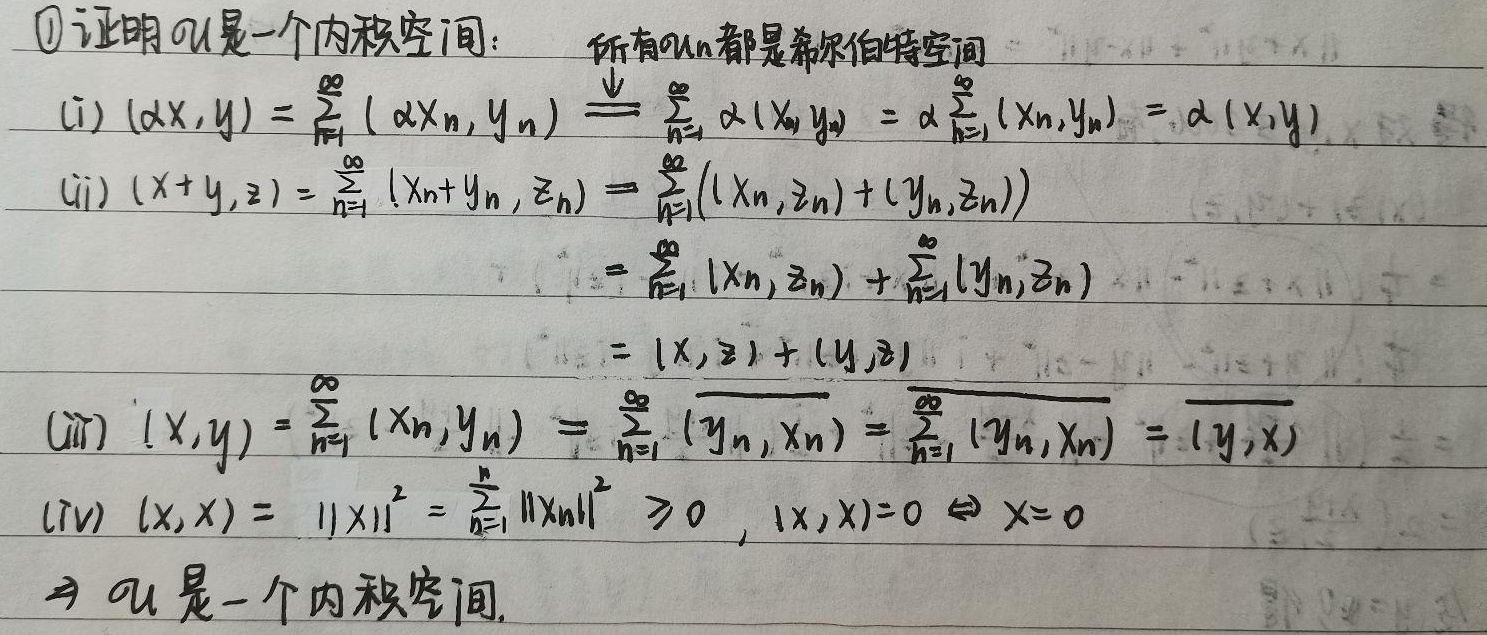
\textcircled{1}证明$\mathcal{U}$是一个内积空间： 所有$\mathcal{U}_n$都是希尔伯特空间
\begin{align*}
(i)\ (\alpha x,y)&=\sum_{n = 1}^{\infty}(\alpha x_n,y_n)\stackrel{\text{内积性质}}{=}\sum_{n = 1}^{\infty}\alpha(x_n,y_n)=\alpha\sum_{n = 1}^{\infty}(x_n,y_n)=\alpha(x,y)\\
(ii)\ (x + y,z)&=\sum_{n = 1}^{\infty}(x_n + y_n,z_n)=\sum_{n = 1}^{\infty}((x_n,z_n)+(y_n,z_n))\\
&=\sum_{n = 1}^{\infty}(x_n,z_n)+\sum_{n = 1}^{\infty}(y_n,z_n)\\
&=(x,z)+(y,z)\\
(iii)\ (x,y)&=\sum_{n = 1}^{\infty}(x_n,y_n)=\sum_{n = 1}^{\infty}\overline{(y_n,x_n)}=\overline{\sum_{n = 1}^{\infty}(y_n,x_n)}=\overline{(y,x)}\\
(iv)\ (x,x)&=\|x\|^2=\sum_{n = 1}^{\infty}\|x_n\|^2\geq0,(x,x)=0\Leftrightarrow x = 0
\end{align*}
$\Rightarrow\mathcal{U}$是一个内积空间.